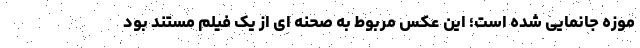
موزه جانمایی شده است؛ این عکس مربوط به صحنه ای از یک فیلم مستند بود